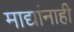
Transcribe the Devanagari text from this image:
माद्यांनाही